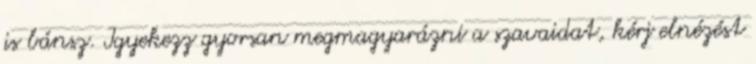
is bánsz. Igyekezz gyorsan megmagyarázni a szavaidat, kérj elnézést